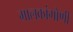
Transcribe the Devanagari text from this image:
मालकांगोणी